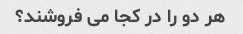
هر دو را در کجا می فروشند؟